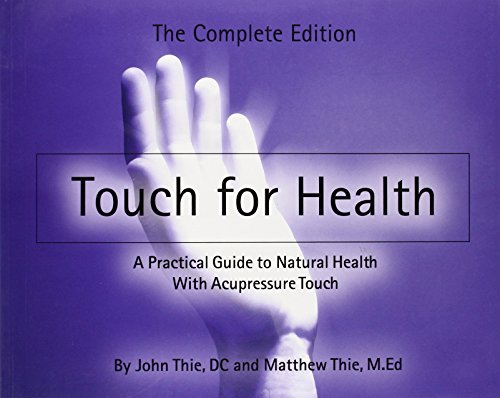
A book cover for Touch for Health - paperback edition; John Thie; Health, Fitness & Dieting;